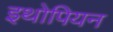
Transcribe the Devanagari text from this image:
इथोपियन